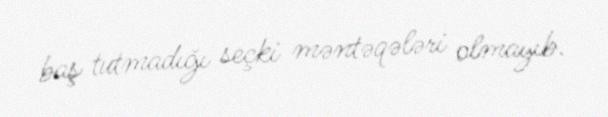
baş tutmadığı seçki məntəqələri olmayıb.